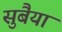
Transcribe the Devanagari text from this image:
सुबैया